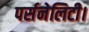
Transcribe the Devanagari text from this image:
पर्सनेलिटी।